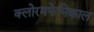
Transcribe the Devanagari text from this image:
क्लोरमफेनिकाल